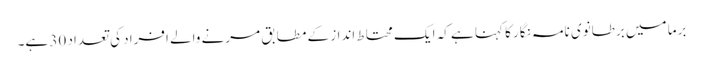
برما میں برطانوی نامہ نگار کا کہنا ہے کہ ایک محتاط انداز کے مطابق مرنے والے افراد کی تعداد 30 ہے۔